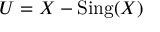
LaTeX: U = X - { \mathrm { S i n g } } ( X )